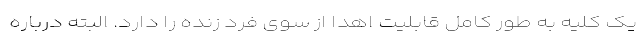
یک کلیه به طور کامل قابلیت اهدا از سوی فرد زنده را دارد. البته درباره